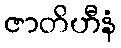
ဇာတိဟီနံ